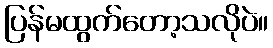
ပြန်မထွက်တော့သလိုပဲ။